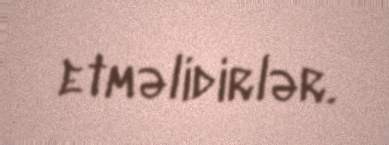
etməlidirlər.